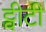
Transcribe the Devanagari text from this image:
ट्वीटी